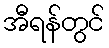
အီရန်တွင်